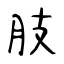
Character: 肢